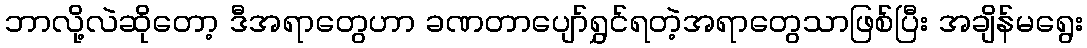
ဘာလို့လဲဆိုတော့ ဒီအရာတွေဟာ ခဏတာပျော်ရွှင်ရတဲ့အရာတွေသာဖြစ်ပြီး အချိန်မရွေး